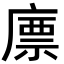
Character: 𢊣